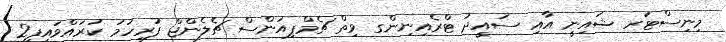
މިނިސްޓަރ ޝައިނީ އާއި ސައީދު ޓްރެއިނިންގ ވިތް ޗެމްޕިއަންސް ޗެލެންޖް ފުރިހަމަ ކުރައްވައިފި2